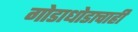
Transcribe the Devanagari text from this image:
गोडाधोडाचाही